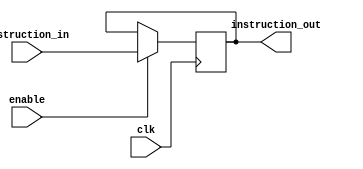
module IF_ID(
    input clk,
    input enable,
    input [31:0]instruction_in,
    output reg [31:0]instruction_out
);

initial begin
    instruction_out = 32'b0;
end



always @(posedge clk)begin
    instruction_out = enable?instruction_in:instruction_out;
end


endmodule